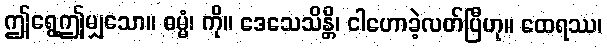
ဤရွေ့ဤမျှသော။ ဓမ္မံ၊ ကို။ ဒေသေသိန္တိ၊ ငါဟောခဲ့လတ်ပြီဟု။ ထေရဿ၊